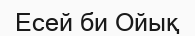
Есей би Ойық